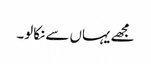
مجھے یہاں سے نکالو۔